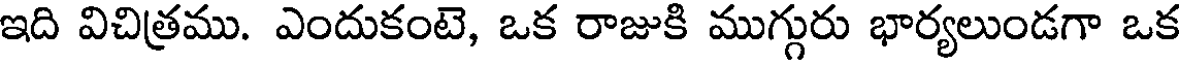
ఇది విచిత్రము. ఎందుకంటె, ఒక రాజుకి ముగ్గురు భార్యలుండగా ఒక